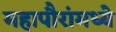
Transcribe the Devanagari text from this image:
महापौरांमध्ये